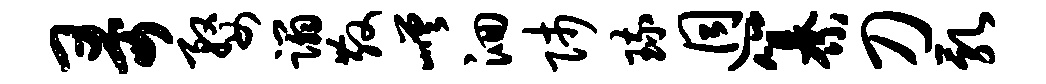
哥婺蹋散嵯洄师琉迥纂刀乳